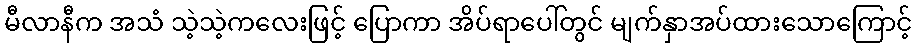
မီလာနီက အသံ သဲ့သဲ့ကလေးဖြင့် ပြောကာ အိပ်ရာပေါ်တွင် မျက်နှာအပ်ထားသောကြောင့်